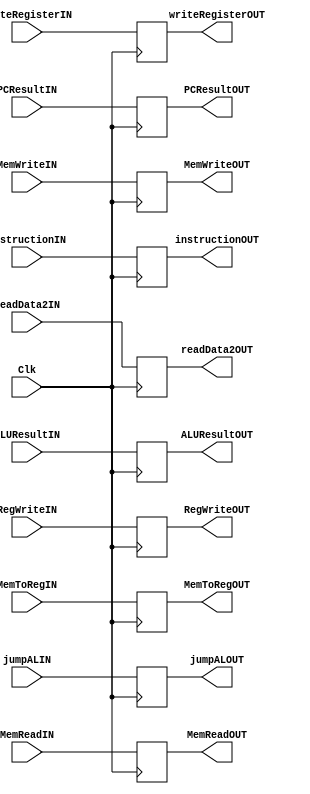
module EX_MEM(ALUResultIN, ALUResultOUT, readData2IN, readData2OUT, writeRegisterIN, writeRegisterOUT, PCResultIN, PCResultOUT, instructionIN, instructionOUT,
RegWriteIN, MemWriteIN, MemReadIN, MemToRegIN, jumpALIN, 
RegWriteOUT, MemWriteOUT, MemReadOUT, MemToRegOUT, jumpALOUT, Clk);  
  
  input [31:0] ALUResultIN, readData2IN, PCResultIN, instructionIN;
  output reg[31:0] ALUResultOUT, readData2OUT, PCResultOUT, instructionOUT;
  input [4:0] writeRegisterIN;
  output reg [4:0] writeRegisterOUT;
  input Clk;

// controller inputs
  input RegWriteIN, jumpALIN, MemToRegIN;
  input [1:0] MemReadIN, MemWriteIN;

// controller outputs
  output reg RegWriteOUT, jumpALOUT, MemToRegOUT;
  output reg [1:0] MemReadOUT, MemWriteOUT;

always@(posedge Clk) begin
ALUResultOUT <= ALUResultIN;
readData2OUT <= readData2IN;
writeRegisterOUT <= writeRegisterIN;
PCResultOUT <= PCResultIN;
instructionOUT <= instructionIN;

RegWriteOUT <= RegWriteIN;
jumpALOUT <= jumpALIN;
MemToRegOUT <= MemToRegIN;
MemReadOUT <= MemReadIN;
MemWriteOUT <= MemWriteIN;
end
endmodule